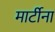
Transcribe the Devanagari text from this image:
मार्टीना